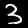
Digit: 3